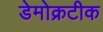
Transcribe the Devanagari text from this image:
डेमोक्रटीक